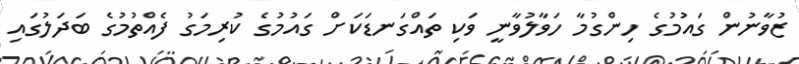
ޒުވާނުން ގައުމުގެ ހިންގުމާ ހަވާލުވާނީ ވަކި ތައްގަނޑަކަށް ގައުމުގެ ކުރިމަގު ފެއްތުމުގެ ބަދަލުގައި